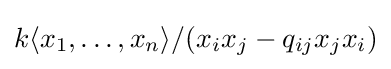
k\langle x_{1},\dots ,x_{n}\rangle /(x_{i}x_{j}-q_{ij}x_{j}x_{i})